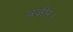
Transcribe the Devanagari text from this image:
वजीर।